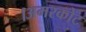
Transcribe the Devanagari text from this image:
।अमरकोट